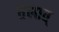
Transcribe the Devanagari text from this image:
तेलात्